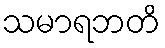
သမာရဘတိ